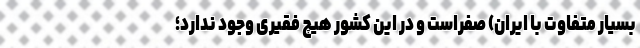
بسیار متفاوت با ايران) صفراست و در این کشور هیچ فقیری وجود ندارد؛